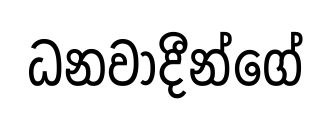
ධනවාදීන්ගේ